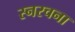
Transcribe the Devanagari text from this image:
स्नरचना